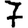
Digit: 7